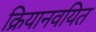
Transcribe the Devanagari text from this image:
क्रियानवयित